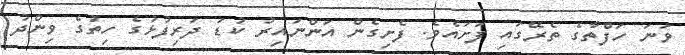
ވަނަ ހަފްތާގެ ތެރޭގައި ފަށައެވެ. ފެށިގެން އަންނައިރު ކުޑަ ދަރިފުޅުގެ ހިތުގެ ވިންދު